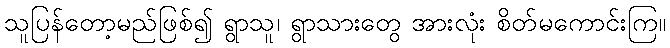
သူပြန်တော့မည်ဖြစ်၍ ရွာသူ၊ ရွာသားတွေ အားလုံး စိတ်မကောင်းကြ။